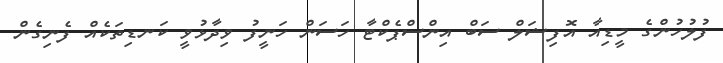
ފުލުހުންގެ މީޑިއާ އޮފިޝަލް ސަބް އިންސްޕެކްޓާ ހަސަން ހަނީފު ވިދާޅުވީ ކަނޑިތަކެއް ފެނިގެން